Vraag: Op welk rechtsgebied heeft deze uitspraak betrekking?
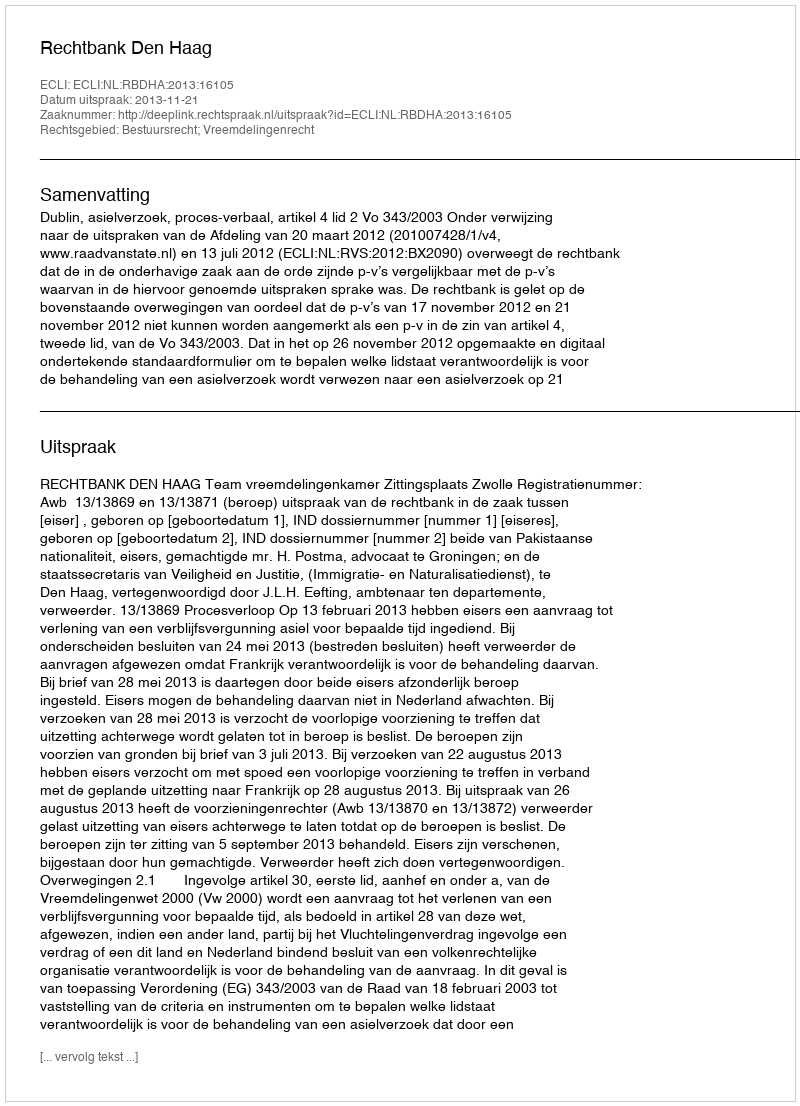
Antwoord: Bestuursrecht; Vreemdelingenrecht